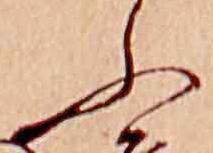
ふ